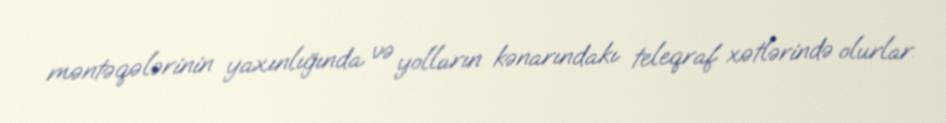
məntəqələrinin yaxınlığında və yolların kənarındakı teleqraf xətlərində olurlar.